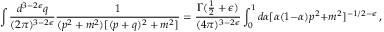
\int { \frac { d ^ { 3 - 2 \epsilon } q } { ( 2 \pi ) ^ { 3 - 2 \epsilon } } } { \frac { 1 } { ( p ^ { 2 } + m ^ { 2 } ) [ ( p + q ) ^ { 2 } + m ^ { 2 } ] } } = { \frac { \Gamma ( \textstyle { \frac { 1 } { 2 } } + \epsilon ) } { ( 4 \pi ) ^ { 3 - 2 \epsilon } } } \int _ { 0 } ^ { 1 } d \alpha [ \alpha ( 1 - \alpha ) p ^ { 2 } + m ^ { 2 } ] ^ { - 1 / 2 - \epsilon } \, ,